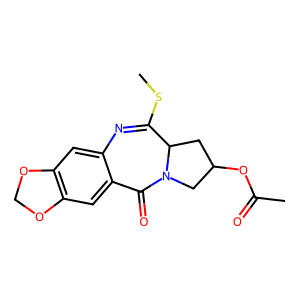
SMILES: CSC1=Nc2cc3c(cc2C(=O)N2CC(OC(C)=O)CC12)OCO3
Inhibits HIV replication: No